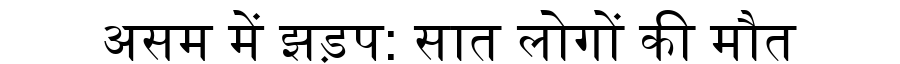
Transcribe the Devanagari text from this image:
असम में झड़प: सात लोगों की मौत